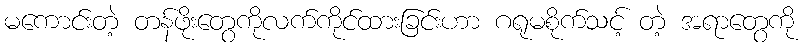
မကောင်းတဲ့ တန်ဖိုးတွေကိုလက်ကိုင်ထားခြင်းဟာ ဂရုမစိုက်သင့် တဲ့ အရာတွေကို